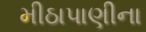
મીઠાપાણીના